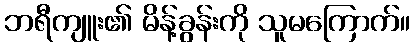
ဘရီကျူး၏ မိန့်ခွန်းကို သူမကြောက်။